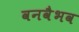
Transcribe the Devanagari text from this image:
वनवैभव